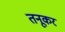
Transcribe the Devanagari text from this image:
तनूकर